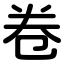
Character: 卷